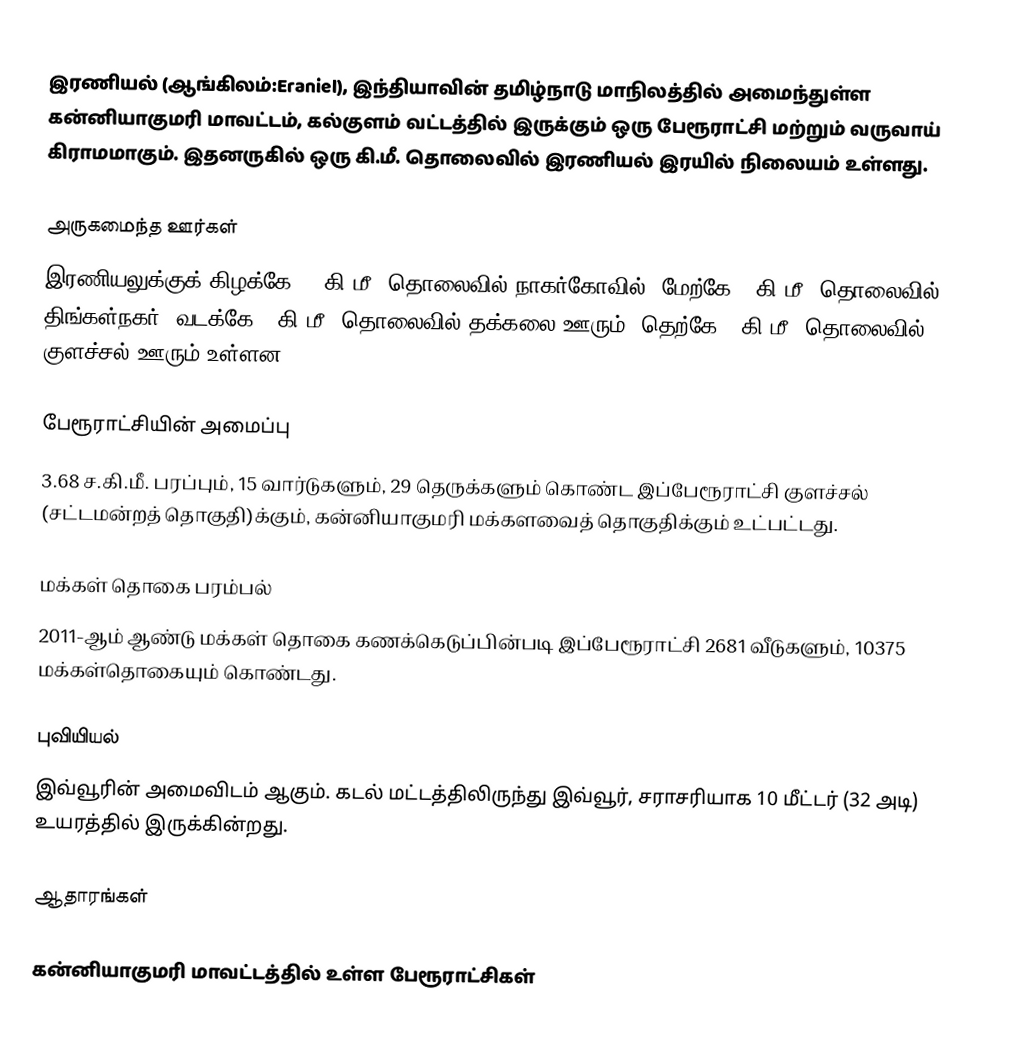
இரணியல் (ஆங்கிலம்:Eraniel), இந்தியாவின் தமிழ்நாடு மாநிலத்தில் அமைந்துள்ள கன்னியாகுமரி மாவட்டம், கல்குளம் வட்டத்தில்  இருக்கும் ஒரு பேரூராட்சி மற்றும் வருவாய் கிராமமாகும். இதனருகில் ஒரு கி.மீ. தொலைவில் இரணியல் இரயில் நிலையம் உள்ளது.

அருகமைந்த ஊர்கள்
இரணியலுக்குக் கிழக்கே 15 கி.மீ. தொலைவில் நாகர்கோவில்; மேற்கே 2 கி.மீ. தொலைவில் திங்கள்நகர்; வடக்கே 4 கி.மீ. தொலைவில் தக்கலை ஊரும்; தெற்கே 8 கி.மீ. தொலைவில் குளச்சல் ஊரும் உள்ளன.

பேரூராட்சியின் அமைப்பு
3.68 ச.கி.மீ. பரப்பும், 15  வார்டுகளும், 29 தெருக்களும் கொண்ட இப்பேரூராட்சி குளச்சல் (சட்டமன்றத் தொகுதி)க்கும், கன்னியாகுமரி மக்களவைத் தொகுதிக்கும் உட்பட்டது.

மக்கள் தொகை பரம்பல்
2011-ஆம் ஆண்டு மக்கள் தொகை கணக்கெடுப்பின்படி  இப்பேரூராட்சி                           2681 வீடுகளும், 10375 மக்கள்தொகையும் கொண்டது.

புவியியல்
இவ்வூரின் அமைவிடம்  ஆகும். கடல் மட்டத்திலிருந்து இவ்வூர், சராசரியாக 10 மீட்டர் (32 அடி) உயரத்தில் இருக்கின்றது.

ஆதாரங்கள்

கன்னியாகுமரி மாவட்டத்தில் உள்ள பேரூராட்சிகள்